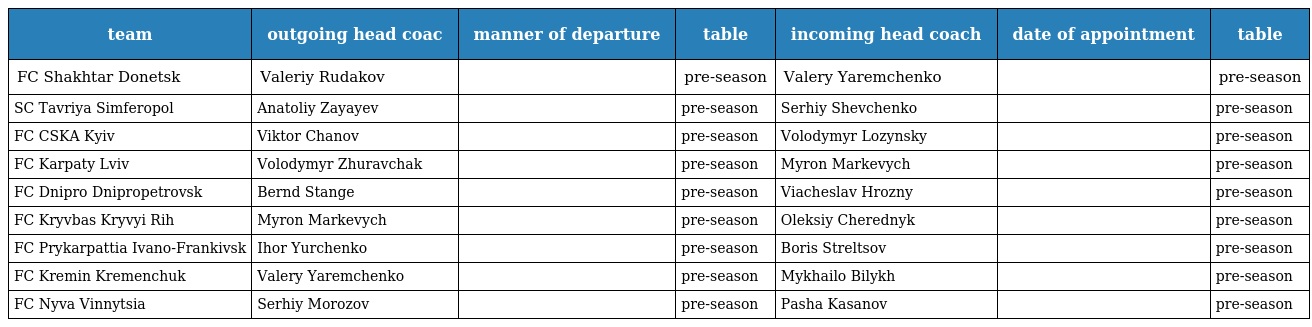
| team | outgoing head coac | manner of departure | table | incoming head coach | date of appointment | table |
 | --- | --- | --- | --- | --- | --- | --- |
 | FC Shakhtar Donetsk | Valeriy Rudakov |  | pre-season | Valery Yaremchenko |  | pre-season |
 | SC Tavriya Simferopol | Anatoliy Zayayev |  | pre-season | Serhiy Shevchenko |  | pre-season |
 | FC CSKA Kyiv | Viktor Chanov |  | pre-season | Volodymyr Lozynsky |  | pre-season |
 | FC Karpaty Lviv | Volodymyr Zhuravchak |  | pre-season | Myron Markevych |  | pre-season |
 | FC Dnipro Dnipropetrovsk | Bernd Stange |  | pre-season | Viacheslav Hrozny |  | pre-season |
 | FC Kryvbas Kryvyi Rih | Myron Markevych |  | pre-season | Oleksiy Cherednyk |  | pre-season |
 | FC Prykarpattia Ivano-Frankivsk | Ihor Yurchenko |  | pre-season | Boris Streltsov |  | pre-season |
 | FC Kremin Kremenchuk | Valery Yaremchenko |  | pre-season | Mykhailo Bilykh |  | pre-season |
 | FC Nyva Vinnytsia | Serhiy Morozov |  | pre-season | Pasha Kasanov |  | pre-season |